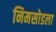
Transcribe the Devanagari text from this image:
निमसोडला